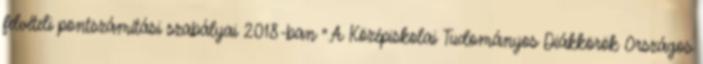
felvételi pontszámítási szabályai 2018-ban ".A Középiskolai Tudományos Diákkörök Országos